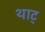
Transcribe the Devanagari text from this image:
थाट्